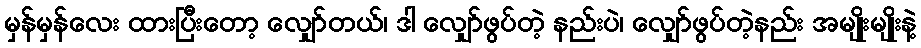
မှန်မှန်လေး ထားပြီးတော့ လျှော်တယ်၊ ဒါ လျှော်ဖွပ်တဲ့ နည်းပဲ၊ လျှော်ဖွပ်တဲ့နည်း အမျိုးမျိုးနဲ့